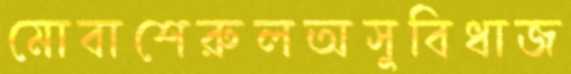
মোবাশেরুলঅসুবিধাজ